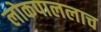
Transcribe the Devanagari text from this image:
लोकपाललाच